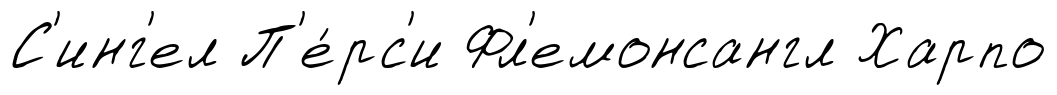
С'инг'ел П'е́рс'и Фл'емонсангл Харпо